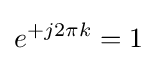
e^{+j2\pi k}=1